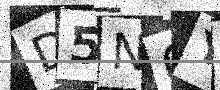
Text: D5N0YF